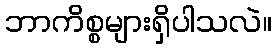
ဘာကိစ္စများရှိပါသလဲ။